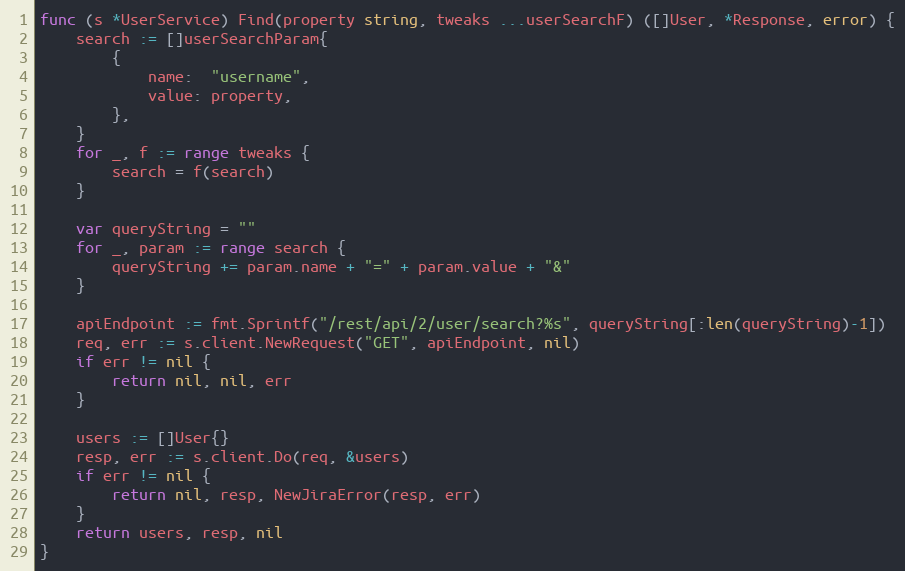
Language: Go
func (s *UserService) Find(property string, tweaks ...userSearchF) ([]User, *Response, error) {
	search := []userSearchParam{
		{
			name:  "username",
			value: property,
		},
	}
	for _, f := range tweaks {
		search = f(search)
	}

	var queryString = ""
	for _, param := range search {
		queryString += param.name + "=" + param.value + "&"
	}

	apiEndpoint := fmt.Sprintf("/rest/api/2/user/search?%s", queryString[:len(queryString)-1])
	req, err := s.client.NewRequest("GET", apiEndpoint, nil)
	if err != nil {
		return nil, nil, err
	}

	users := []User{}
	resp, err := s.client.Do(req, &users)
	if err != nil {
		return nil, resp, NewJiraError(resp, err)
	}
	return users, resp, nil
}